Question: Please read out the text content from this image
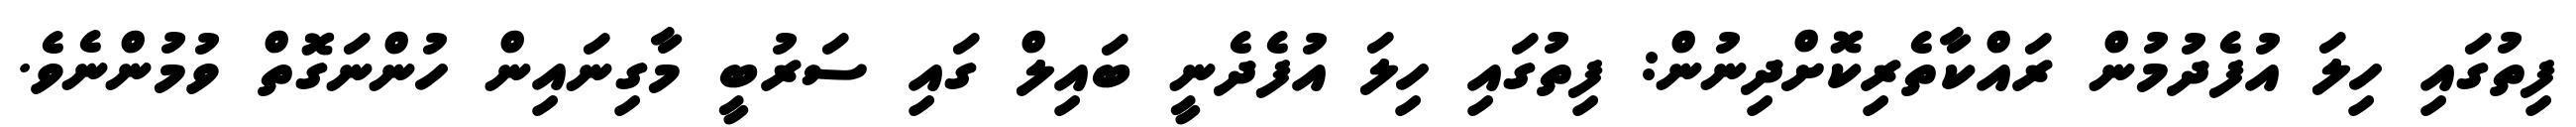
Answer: ފިތުގައި ހިލަ އުފެދުމުން ރައްކާތެރިކޮށްދިނުން: ފިތުގައި ހިލަ އުފެދެނީ ބައިލް ގައި ސަރުބީ މާގިނައިން ހުންނަގޮތް ވުމުންނެވެ.